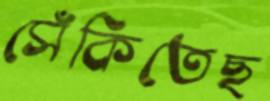
সেঁকিতেছ